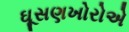
ઘૂસણખોરોએ